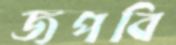
জপবি